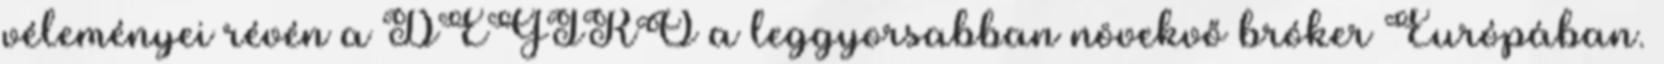
véleményei révén a DEGIRO a leggyorsabban növekvő bróker Európában.